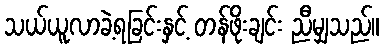
သယ်ယူလာခဲ့ရခြင်းနှင့် တန်ဖိုးချင်း ညီမျှသည်။